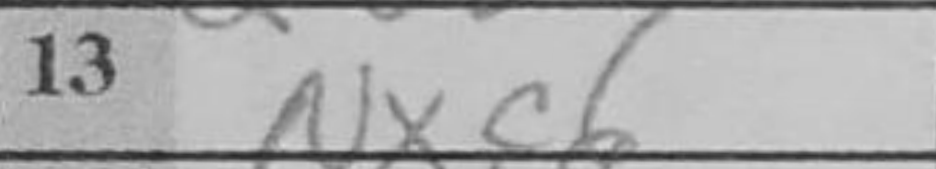
Transcription: Nxc6